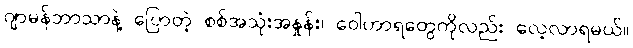
ဂျာမန်ဘာသာနဲ့ ပြောတဲ့ စစ်အသုံးအနှုန်း၊ ဝေါဟာရတွေကိုလည်း လေ့လာရမယ်။